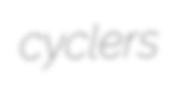
cyclers